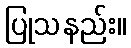
ပြုသနည်း။